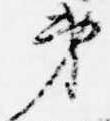
第